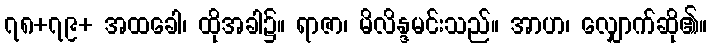
၇၈+၇၉+ အထခေါ၊ ထိုအခါ၌။ ရာဇာ၊ မိလိန္ဒမင်းသည်။ အာဟ၊ လျှောက်ဆို၏။